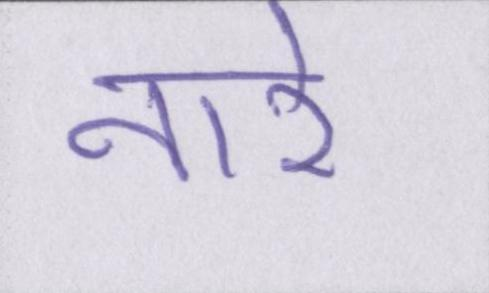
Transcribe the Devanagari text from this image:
नारे